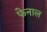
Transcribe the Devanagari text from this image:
फेनाल